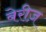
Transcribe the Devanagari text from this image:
बेरीज़